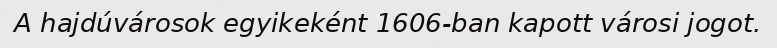
A hajdúvárosok egyikeként 1606-ban kapott városi jogot.